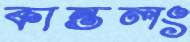
কান্তলং